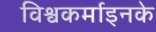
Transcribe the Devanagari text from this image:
विश्वकर्माइनके